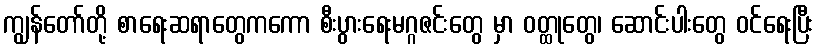
ကျွန်တော်တို့ စာရေးဆရာတွေကကော စီးပွားရေးမဂ္ဂဇင်းတွေ မှာ ဝတ္ထုတွေ၊ ဆောင်းပါးတွေ ဝင်ရေးပြီး